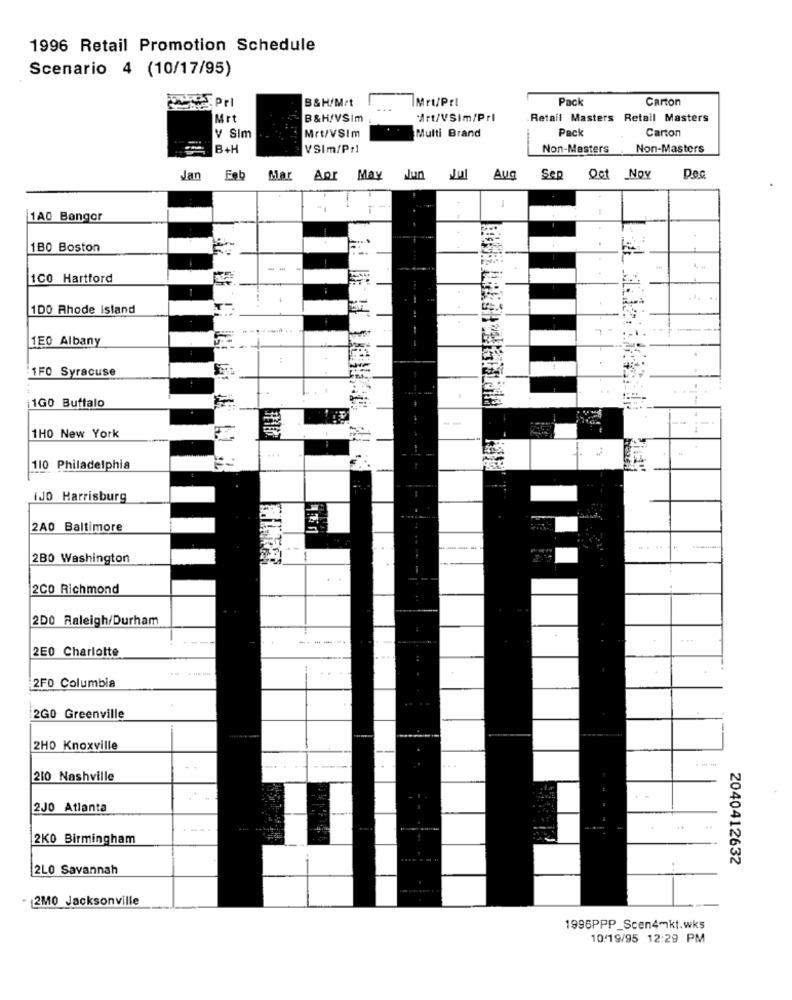
1996 Retail Promotion Schedule
Scenario 4 (10/17/95)
B&H/Met
IMrt/Prl
Pack
Carton
Mrt
B&H/VSIm
Art/VSim/Prl
Retail Masters Retail Masters
Pack
Carton
V Sim
Mrt/VSIm
Multi Brand
B+H
VSIm/Pr1
Non-Masters
Non-Masters
Jan
Feb
Mar Apr May
Nun Jul Aug
Sep
Det Nov
1A0 Bangor
1B0 Boston
100 Hartford
100 Rhode Island
-...
1E0 Albany
1F0 Syracuse
1GO Buffalo
1H0 New York
1
110 Philadelphia
IJO Harrisburg
2A0 Baltimore
2B0 Washington
2CO Richmond
2D0 Raleigh/Durham
2E0 Charlotte
2FO Columbia
2GO Greenville
2HO Knoxville
- -
210 Nashville
2J0 Atlanta
2K0 Birmingham
2040412632
2L0 Savannah
- 2M0 Jacksonville
1996PPP_Scen4-kt.wks
10/19/95 12:29 PM